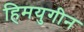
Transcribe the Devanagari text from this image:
हिमयुगीन